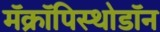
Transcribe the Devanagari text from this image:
मॅक्रॉपिस्थोडॉन